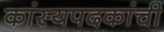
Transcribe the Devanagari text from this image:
कांस्यपदकांची